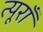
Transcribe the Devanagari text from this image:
त्यूराँ